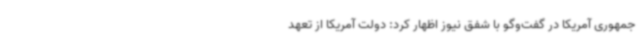
جمهوری آمریکا در گفت‌وگو با شفق نیوز اظهار کرد: دولت آمریکا از تعهد